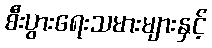
စီးပွားရေးသမားများနှင့်